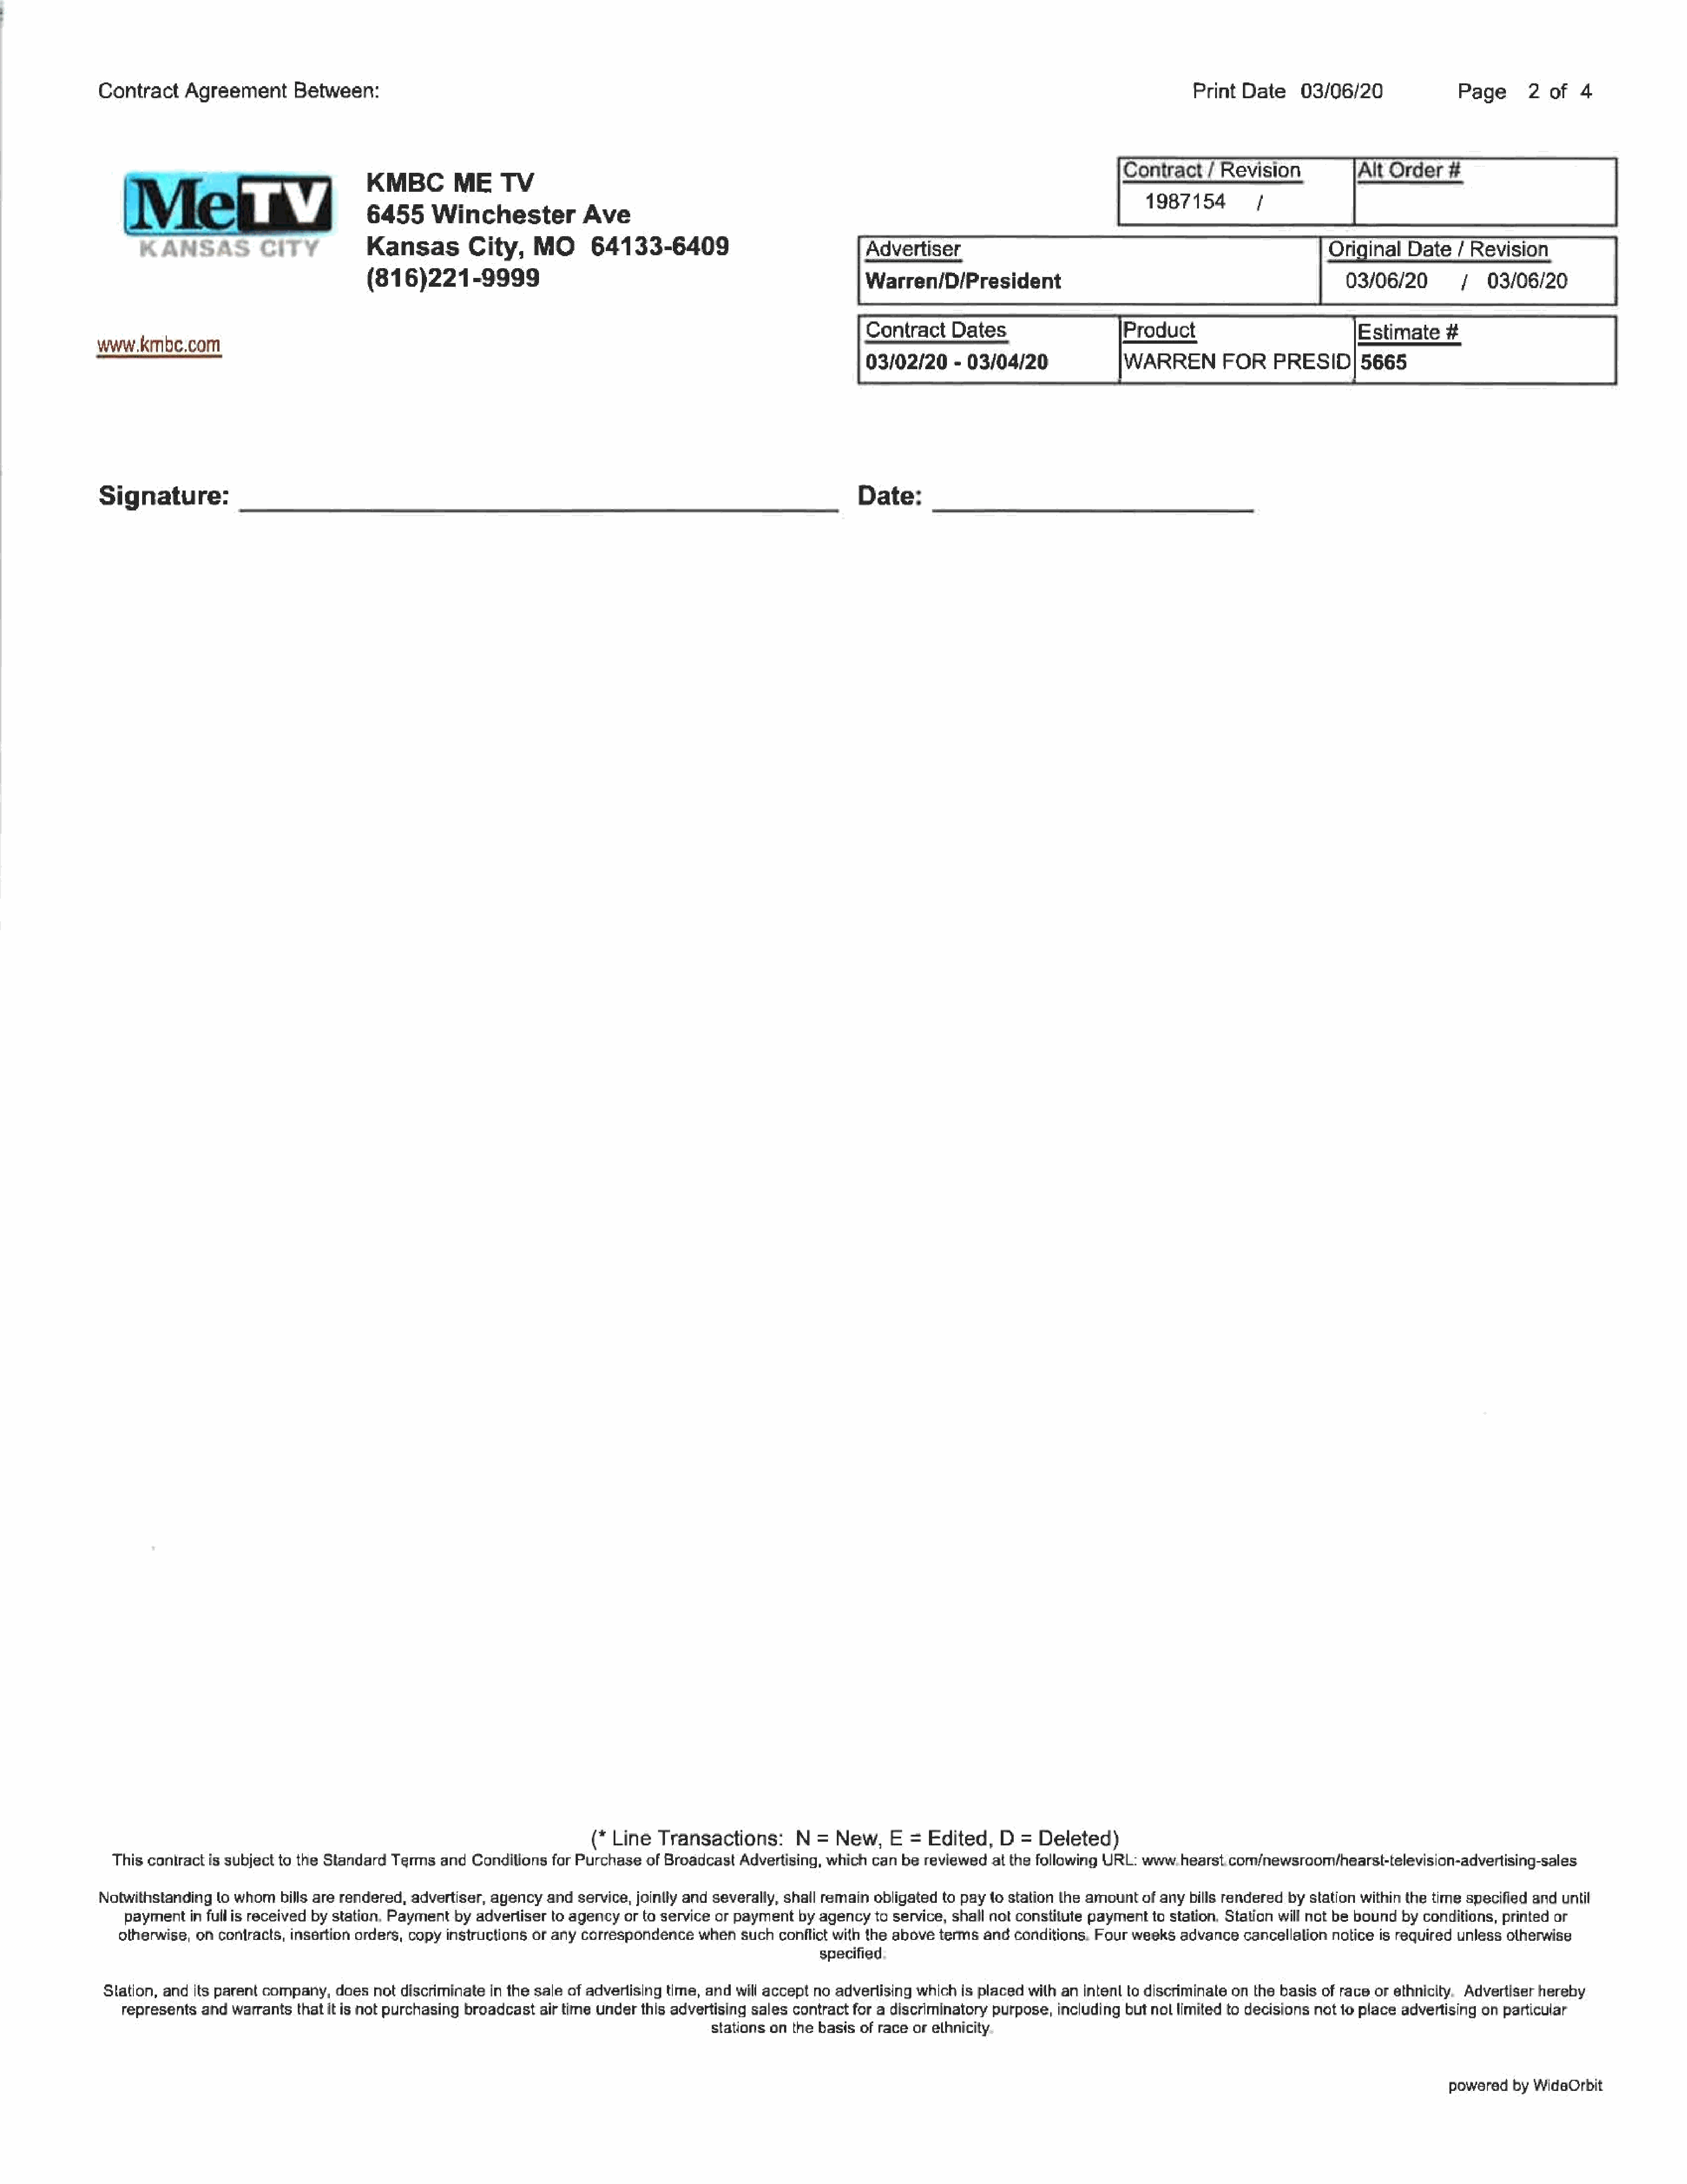
D#ates
 Contract    Agreement       Between:                                                                                                                         Print  Date    03/06/20               Page     2   of  4
 KMBC         ME     TV                                                                                       Contract    / Revision           Alt  Order   #
 1987154         }
 6455      Winchester           Ave
 KANSAS         CITY             Kansas         City,    MO       64133-6409                                                                                               Original   Date   / Revision
 (816)221-9999                                                           Warren/D/President                                                  03/06/20         /   03/06/20
 Estimate
 Contract
 www.kmbe.com
 ——                                                                                                            03/02/20    - 03/04/20               IWARREN       FOR    PRESID|      5665
 Signature:                                                                                                   Date:
 (* Line  Transactions:       N  =  New,   E  =  Edited,   D  =  Deleted)
 This contract is subject to the Standard Termsand   Conditions for Purchase of Broadcast  Advertising, which can be reviewedatthe   following URL: www.  hearst. com/newsroom/hearst-television-advertising-sales.
 Notwithstanding  to whom  bills are rendered, advertiser, ayency andservice,joinlly and severally, shall remain obligated to pay to station the amountofanybills rendered by station within the time specified and until
 paymentin   full is received by station, Payment by advertiser to agencyor to service or payment by agency to service, shall not constitute payment to station, Station will not be bound byconditions,printed or
 otherwise, on contracts,insertion orders, copyinstructions or any correspondence   whensuch   conflict with the above termsand  conditions. Four weeks  advancecancellalion  notice is required unless otherwise
 specified
 Station,and  its parent company, does not discriminatein the sale of advertising time, and will accept no advertising which is placed with anintentto discriminate on the basis of race or ethnicity. Advertiser hereby
 represents  and warrants  thatit is not purchasing broadcast air time underthis advertising sales contract f or a discriminatory purpose,includingbut nollimited to decisions notto place advertising on particular
 stations on the basis of race orethnicity.
 powered  by WideOrbit